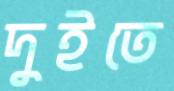
দুইতে